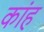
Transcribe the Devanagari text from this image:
कांह